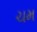
ચમ